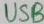
Text: USB